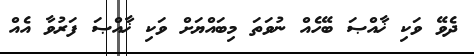
ދެވޭ ވަކި ޚާއްޞަ ބޭހެއް ނުވަތަ މިބައްޔަށް ވަކި ޚާއްޞަ ފަރުވާ އެއް